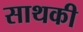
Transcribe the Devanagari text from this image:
साथकी